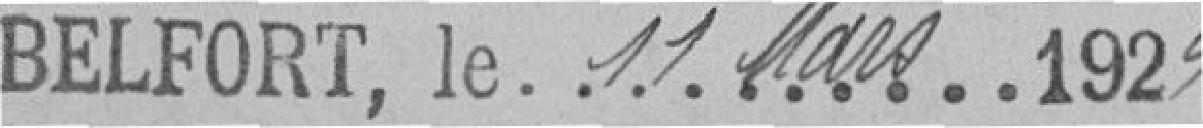
Belfort, le 11 Mars 1924